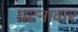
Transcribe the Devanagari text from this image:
घटनावार